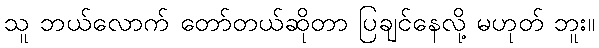
သူ ဘယ်လောက် တော်တယ်ဆိုတာ ပြချင်နေလို့ မဟုတ် ဘူး။